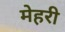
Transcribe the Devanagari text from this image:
मेहरी